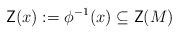
LaTeX: \begin{align*}\mathsf{Z}(x) := \phi^{-1}(x) \subseteq \mathsf{Z}(M)\end{align*}